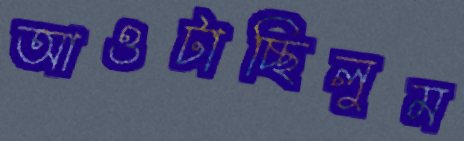
আওটাচ্ছিলুম